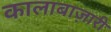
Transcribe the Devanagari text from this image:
कालाबाज़ारी